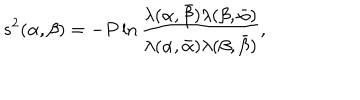
LaTeX: s ^ { 2 } ( \alpha , \beta ) = - P \ln \frac { \lambda ( \alpha , \bar { \beta } ) \lambda ( \beta , \bar { \alpha } ) } { \lambda ( \alpha , \bar { \alpha } ) \lambda ( \beta , \bar { \beta } ) } ,